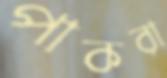
পাকরা